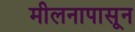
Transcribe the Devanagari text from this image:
मीलनापासून